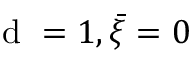
\mathrm { ~ d ~ } = 1 , \bar { \xi } = 0